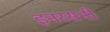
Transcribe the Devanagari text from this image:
इनरसनी